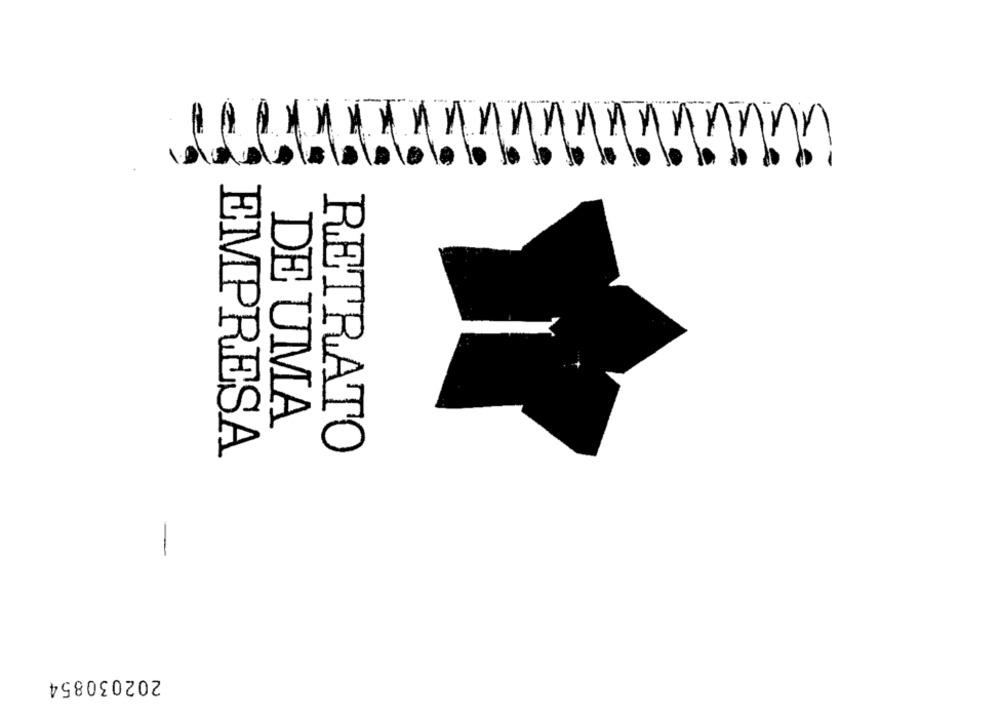
DE UMA
EMPRESA
RETRATO
202030854